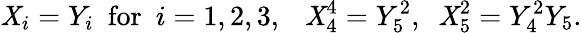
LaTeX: \mathit{X}_{i}=Y_{i}\ \ \mathrm{{for}}\ \ i=1,2,3,\ \ \ \mathit{X}_{4}^{4}=Y_{5}^{2},\ \ \mathit{X}_{5}^{2}=Y_{4}^{2}Y_{5}.